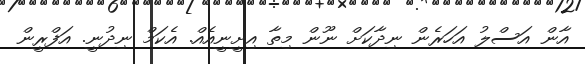
އާން އަސްލު އަހަރެން ނިދާކަށް ނޫން މިތާ އިށީނީއެއް. އެކަމް ނިދުނީ. އަފްރީން